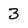
Character: 3